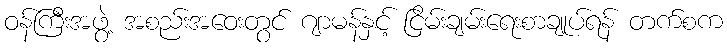
ဝန်ကြီးအဖွဲ့ အစည်းအဝေးတွင် ဂျာမန်နှင့် ငြိမ်းချမ်းရေးစာချုပ်ရန် တက်စက